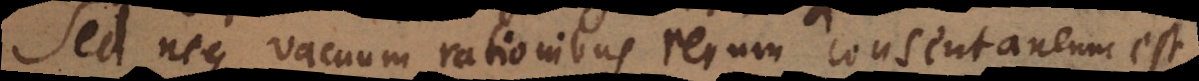
Sed neque vacuum rationibus rerum consentaneum est,